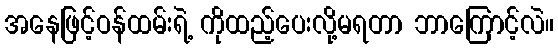
အနေဖြင့်ဝန်ထမ်းရဲ့ ကိုထည့်ပေးလို့မရတာ ဘာကြောင့်လဲ။